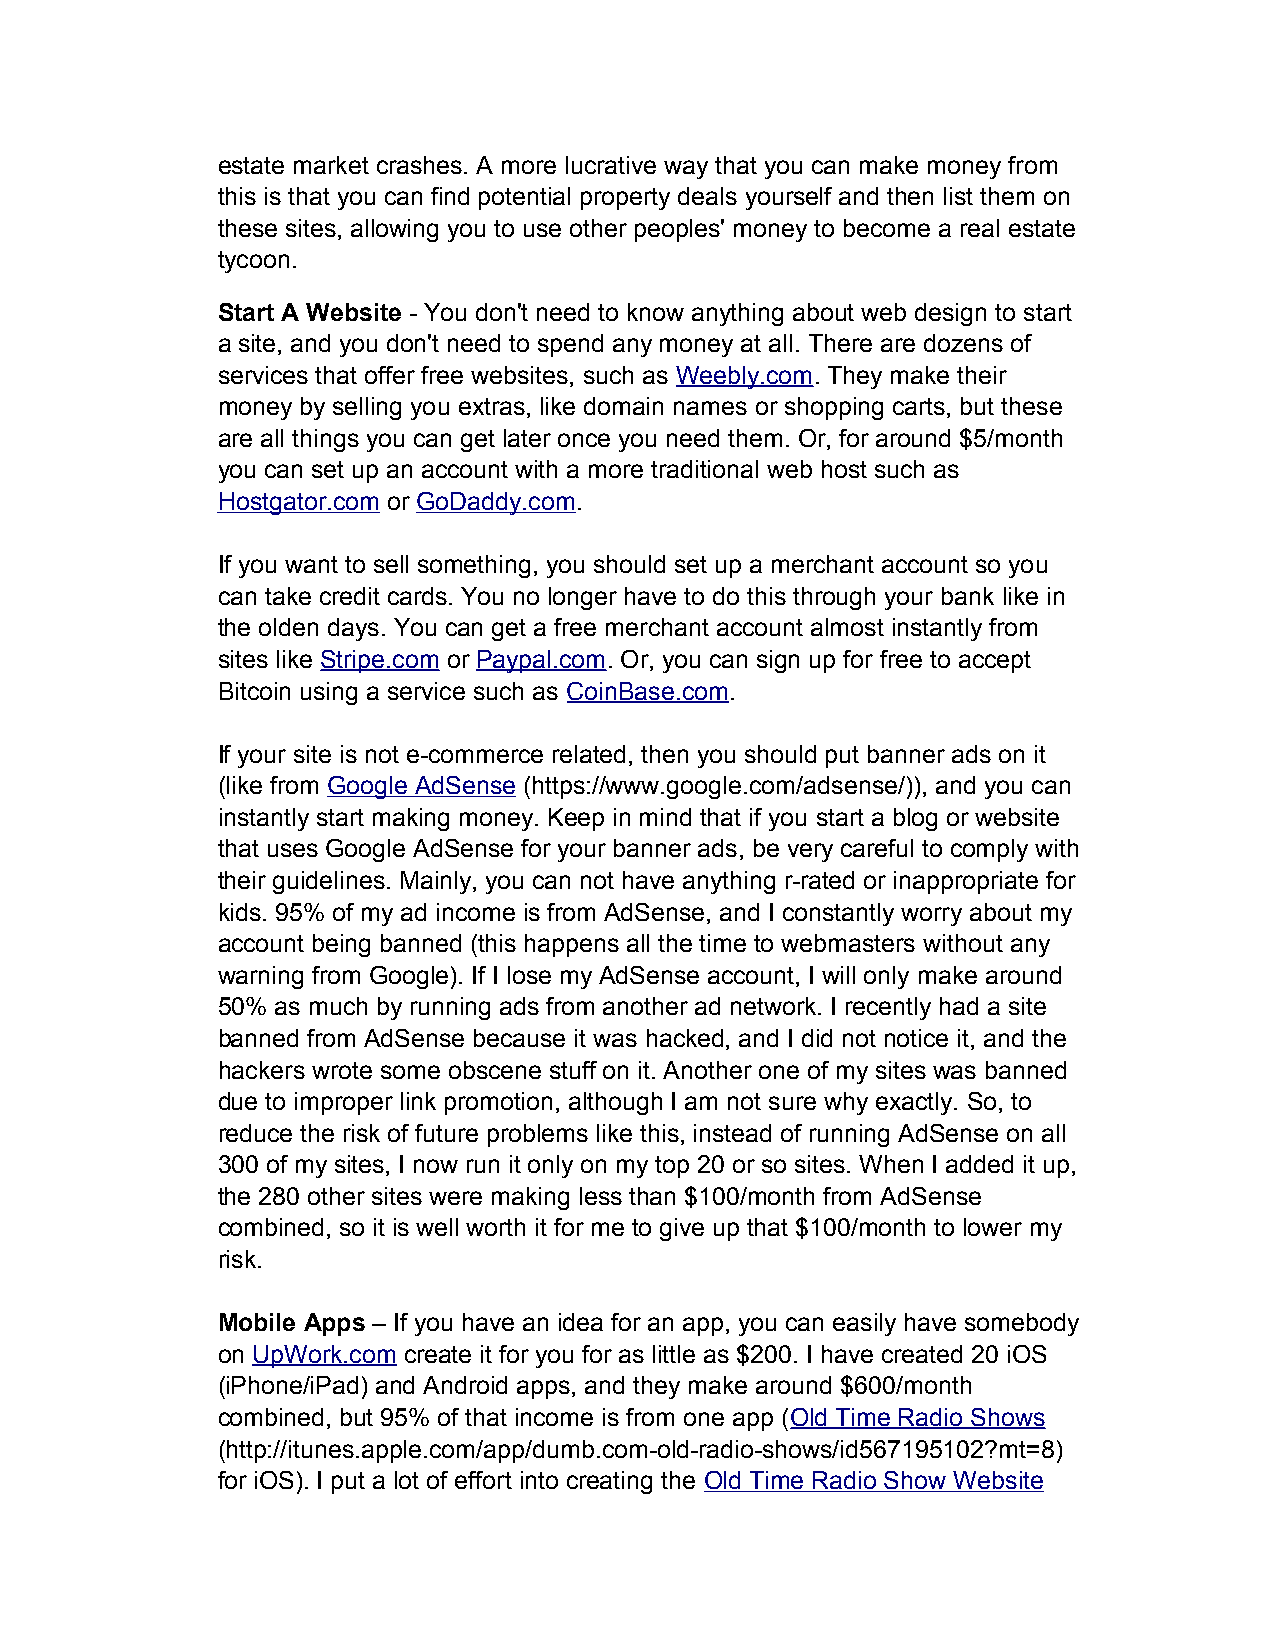
estate market crashes. A more lucrative way that you can make money from
 this is that you can find potential property deals yourself and then list them on
 these sites, allowing you to use other peoples' money to become a real estate
 tycoon.
 Start A Website - You don't need to know anything about web design to start
 a site, and you don't need to spend any money at all. There are dozens of
 services that offer free websites, such as Weebly.com. They make their
 money by selling you extras, like domain names or shopping carts, but these
 are all things you can get later once you need them. Or, for around $5/month
 you can set up an account with a more traditional web host such as
 Hostgator.com or GoDaddy.com.
 If you want to sell something, you should set up a merchant account so you
 can take credit cards. You no longer have to do this through your bank like in
 the olden days. You can get a free merchant account almost instantly from
 sites like Stripe.com or Paypal.com. Or, you can sign up for free to accept
 Bitcoin using a service such as CoinBase.com.
 If your site is not e-commerce related, then you should put banner ads on it
 (like from Google AdSense (https://www.google.com/adsense/)), and you can
 instantly start making money. Keep in mind that if you start a blog or website
 that uses Google AdSense for your banner ads, be very careful to comply with
 their guidelines. Mainly, you can not have anything r-rated or inappropriate for
 kids. 95% of my ad income is from AdSense, and I constantly worry about my
 account being banned (this happens all the time to webmasters without any
 warning from Google). If I lose my AdSense account, I will only make around
 50% as much by running ads from another ad network. I recently had a site
 banned from AdSense because it was hacked, and I did not notice it, and the
 hackers wrote some obscene stuff on it. Another one of my sites was banned
 due to improper link promotion, although I am not sure why exactly. So, to
 reduce the risk of future problems like this, instead of running AdSense on all
 300 of my sites, I now run it only on my top 20 or so sites. When I added it up,
 the 280 other sites were making less than $100/month from AdSense
 combined, so it is well worth it for me to give up that $100/month to lower my
 risk.
 Mobile Apps – If you have an idea for an app, you can easily have somebody
 on UpWork.com create it for you for as little as $200. I have created 20 iOS
 (iPhone/iPad) and Android apps, and they make around $600/month
 combined, but 95% of that income is from one app (Old Time Radio Shows
 (http://itunes.apple.com/app/dumb.com-old-radio-shows/id567195102?mt=8)
 for iOS). I put a lot of effort into creating the Old Time Radio Show Website